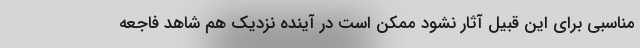
مناسبی برای این قبیل آثار نشود ممکن است در آینده نزدیک هم شاهد فاجعه